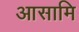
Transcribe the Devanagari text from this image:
आसामि